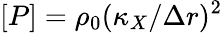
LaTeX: [P]=\rho_{0}(\kappa_{X}/\Delta r)^{2}